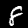
Digit: 8